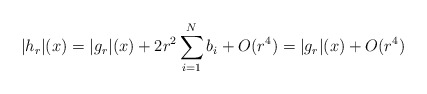
\begin{align*} |h_r|(x)= |g_r|(x) + 2 r^2 \sum_{i=1}^N b_i + O(r^4)= |g_r|(x)+ O(r^4)\end{align*}